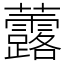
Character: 虂